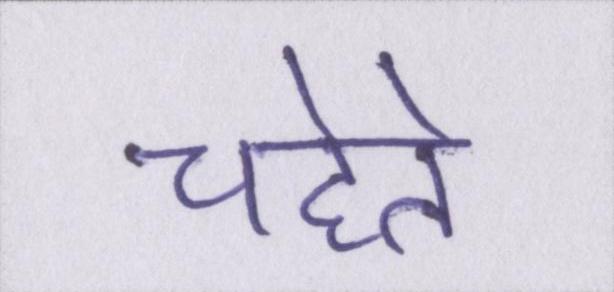
चहेते